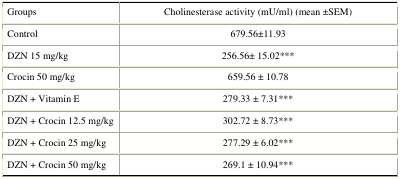
| Groups | Cholinesterase activity (mU/ml) (mean ±SEM) |
 | --- | --- |
 | Control | 679.56±11.93 |
 | DZN 15 mg/kg | 256.56± 15.02*** |
 | Crocin 50 mg/kg | 659.56 ± 10.78 |
 | DZN + Vitamin E | 279.33 ± 7.31*** |
 | DZN + Crocin 12.5 mg/kg | 302.72 ± 8.73*** |
 | DZN + Crocin 25 mg/kg | 277.29 ± 6.02*** |
 | DZN + Crocin 50 mg/kg | 269.1 ± 10.94*** |